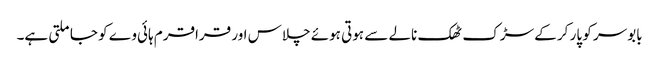
بابوسر کو پار کر کے سڑک ٹھک نالے سے ہوتی ہوئے چلاس اور قراقرم ہائی وے کو جا ملتی ہے۔